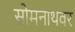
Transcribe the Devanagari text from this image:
सोमनाथवर